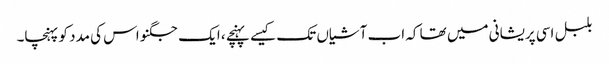
بلبل اسی پریشانی میں تھا کہ اب آشیاں تک کیسے پہنچے ، ایک جگنو اس کی مدد کو پہنچا۔